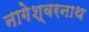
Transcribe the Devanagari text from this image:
नागेश्वरनाथ